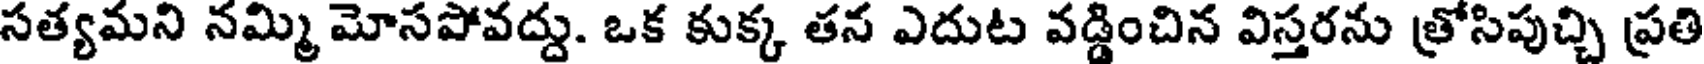
సత్యమని నమ్మి మోసపోవద్దు. ఒక కుక్క తన ఎదుట వడ్డించిన విస్తరను త్రోసిపుచ్చి ప్రతి